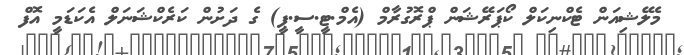
މެލޭޝިއަން ޓެކްނިކަލް ކޯޕަރޭޝަން ޕްރޮގުރާމް (އެމް.ޓީ.ސީ.ޕީ) ގެ ދަށުން ކަރެކްޝަނަލް އެކަޑަމީ އޮފް